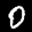
Label: 0